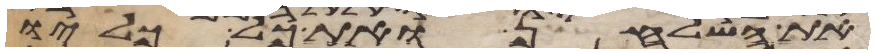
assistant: את השלחן ואת כל כליו